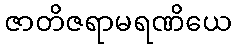
ဇာတိဇရာမရဏိယေ